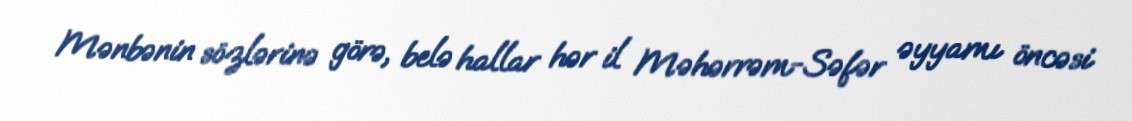
Mənbənin sözlərinə görə, belə hallar hər il Məhərrəm-Səfər əyyamı öncəsi